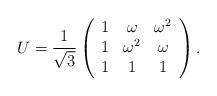
LaTeX: \begin{align*}U= \frac{1}{\sqrt{3}} \left( \begin{array}{ccc}1&\omega & \omega ^2 \\1&\omega ^2 &\omega \\1&1&1\\\end{array} \right) .\end{align*}